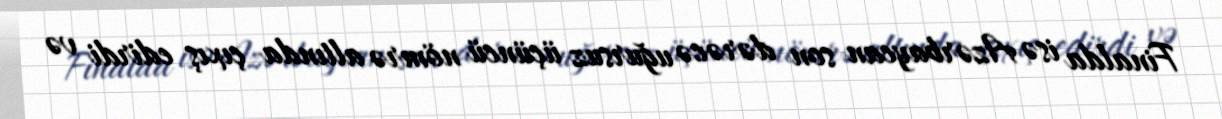
Finalda isə Azərbaycan son dərəcə uğursuz üçüncü nömrə altında çıxış edirdi və